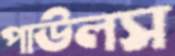
পাউলস